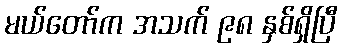
မယ်တော်က အသက် ၉၈ နှစ်ရှိပြီ